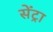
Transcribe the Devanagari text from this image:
सेंट्रा